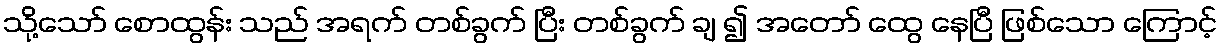
သို့သော် စောထွန်း သည် အရက် တစ်ခွက် ပြီး တစ်ခွက် ချ ၍ အတော် ထွေ နေပြီ ဖြစ်သော ကြောင့်